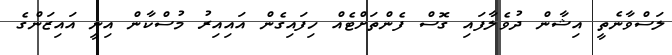
ލަސްވާނެތީ އިޝާން ދުވެލާފައި ގޮސް ފެންތަށްޓެއް ހިފައިގެން އައިއިރު މުސްކާން އިނީ އައިޒަންގެ